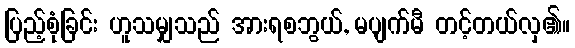
ပြည့်စုံခြင်း ဟူသမျှသည် အားရစဘွယ်, မပျက်မီ တင့်တယ်လှ၏။